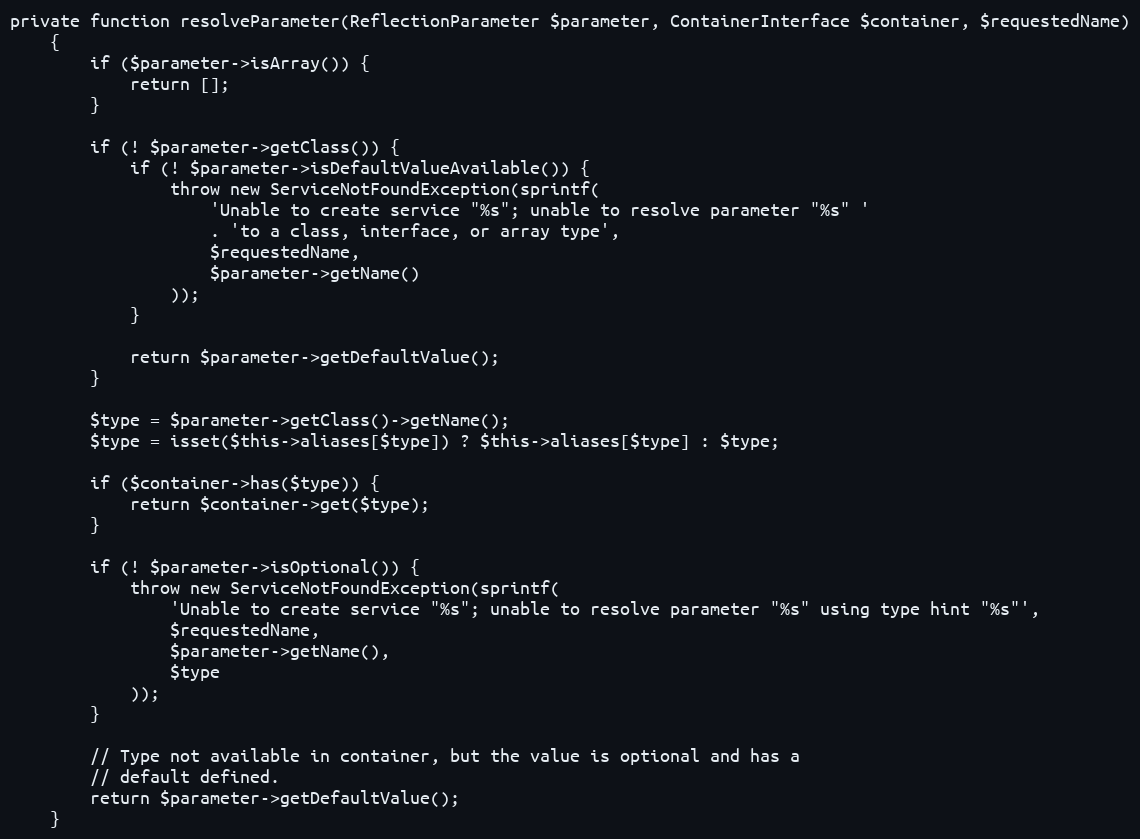
Language: PHP
private function resolveParameter(ReflectionParameter $parameter, ContainerInterface $container, $requestedName)
    {
        if ($parameter->isArray()) {
            return [];
        }

        if (! $parameter->getClass()) {
            if (! $parameter->isDefaultValueAvailable()) {
                throw new ServiceNotFoundException(sprintf(
                    'Unable to create service "%s"; unable to resolve parameter "%s" '
                    . 'to a class, interface, or array type',
                    $requestedName,
                    $parameter->getName()
                ));
            }

            return $parameter->getDefaultValue();
        }

        $type = $parameter->getClass()->getName();
        $type = isset($this->aliases[$type]) ? $this->aliases[$type] : $type;

        if ($container->has($type)) {
            return $container->get($type);
        }

        if (! $parameter->isOptional()) {
            throw new ServiceNotFoundException(sprintf(
                'Unable to create service "%s"; unable to resolve parameter "%s" using type hint "%s"',
                $requestedName,
                $parameter->getName(),
                $type
            ));
        }

        // Type not available in container, but the value is optional and has a
        // default defined.
        return $parameter->getDefaultValue();
    }